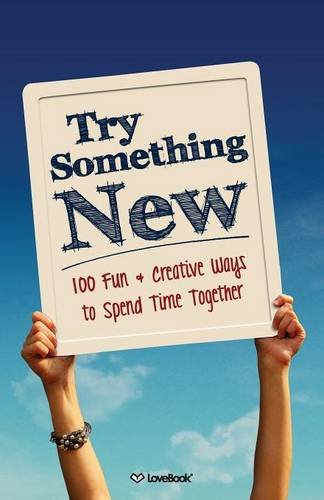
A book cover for Try Something New: 100 Fun & Creative Ways to Spend Time Together; Lovebook; Parenting & Relationships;